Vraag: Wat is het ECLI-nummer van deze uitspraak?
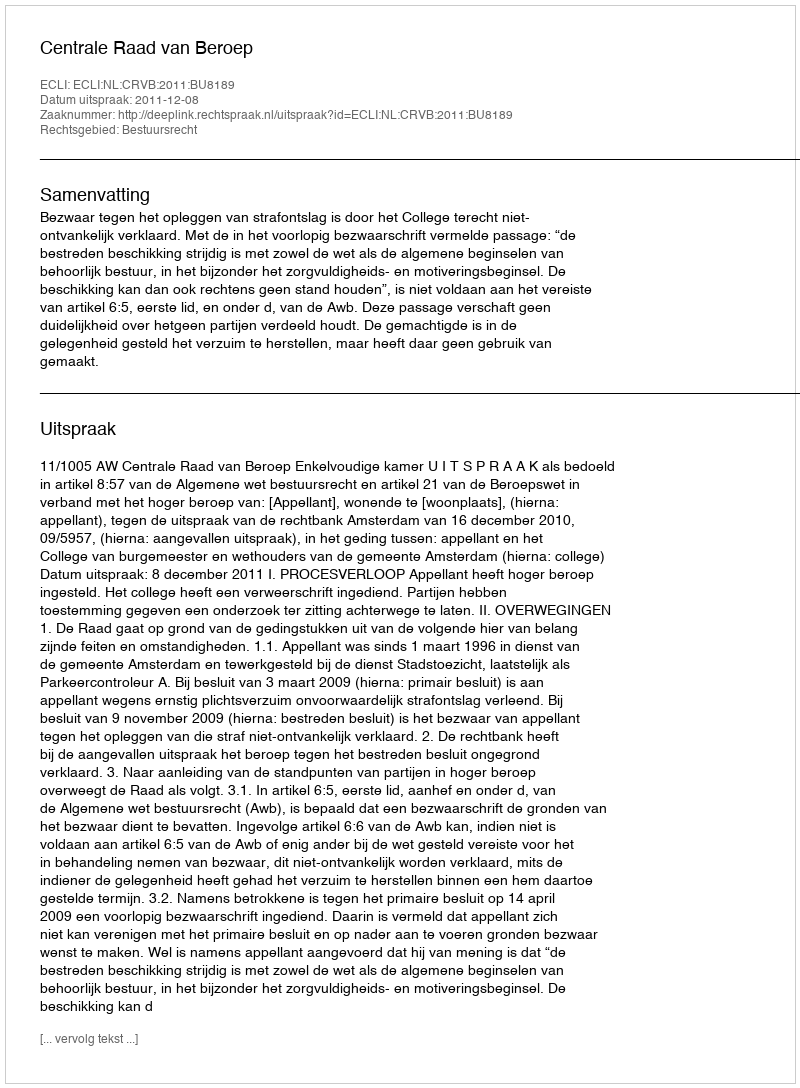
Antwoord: ECLI:NL:CRVB:2011:BU8189